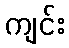
ကျင်း